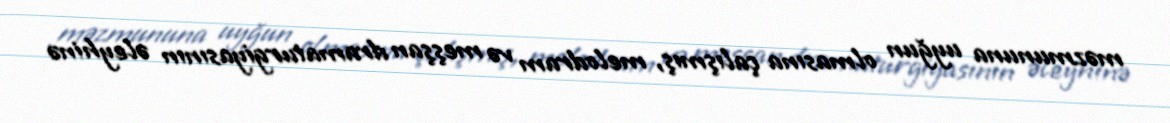
məzmununa uyğun olmasına çalışmış, melodram və meşşan dramaturgiyasının əleyhinə